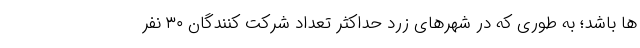
ها باشد؛ به طوری که در شهرهای زرد حداکثر تعداد شرکت کنندگان ۳۰ نفر